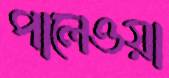
পালেওয়া